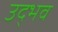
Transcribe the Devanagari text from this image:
उद्‍भव